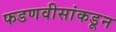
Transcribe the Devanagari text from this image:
फडणवीसांकडून